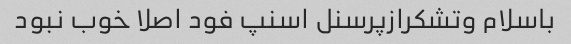
باسلام وتشکرازپرسنل اسنپ فود اصلا خوب نبود